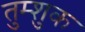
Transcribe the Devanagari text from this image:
तुम्शुक